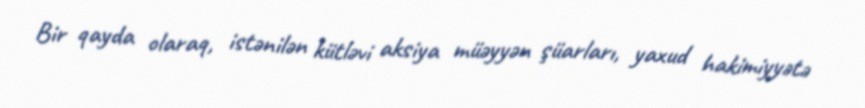
Bir qayda olaraq, istənilən kütləvi aksiya müəyyən şüarları, yaxud hakimiyyətə